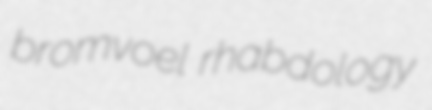
bromvoel rhabdology